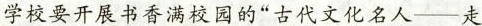
学校要开展书香满校园的“古代文化名人—走